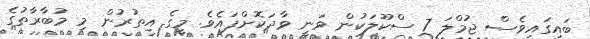
ބައިގައިވެސް ޖުމްލަ 7 ސްކޫލަކުން ވަނީ ވާދަކޮށްފައެވެ. މީގެ އިތުރުން މި މުބާރާތުގެ